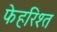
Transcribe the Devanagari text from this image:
फेहरिश्त